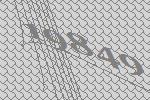
19849